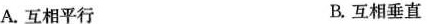
A. 互相平行 B. 互相垂直